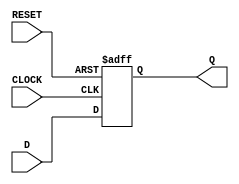
`timescale 1ns / 1ps
//////////////////////////////////////////////////////////////////////////////////
// Company: 
// Engineer: 
// 
// Design Name: 
// Module Name: register16bit
// Project Name: 
// Target Devices: 
// Tool Versions: 
// Description: 
// 
// Dependencies: 
// 
// Revision:
// Revision 0.01 - File Created
// Additional Comments:
// 
//////////////////////////////////////////////////////////////////////////////////


module register16bit(
    input CLOCK,
    input RESET,
    input [15:0] D,
    output reg [15:0] Q
    );
	
	always @(posedge CLOCK or posedge RESET) begin
		if (RESET) begin
			Q <= 0;
			
		end
		else begin
			Q <= D;
		end
	end

endmodule